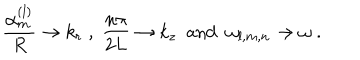
\frac { \alpha _ { m } ^ { ( l ) } } R \to k _ { r } \; , \; \frac { n \pi } { 2 L } \to k _ { z } \; \mathrm { ~ a n d ~ } \; \omega _ { l , m , n } \to \omega \; .